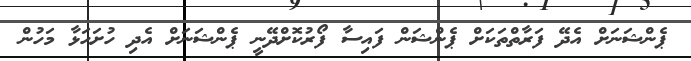
ޕެންޝަނަށް އެދޭ ފަރާތްތަކަށް ޕެންޝަން ފައިސާ ފޯރުކޮށްދޭނީ ޕެންޝަނަށް އެދި ހުށަހަޅާ މަހުން